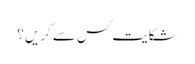
شکایت کس سے کریں؟